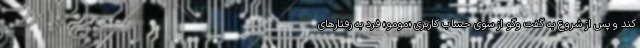
کند و پس از شروع به گفت وگو از سوی حساب کاربری «مومو» فرد به رفتارهای